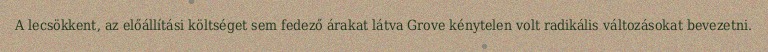
A lecsökkent, az előállítási költséget sem fedező árakat látva Grove kénytelen volt radikális változásokat bevezetni.